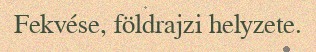
Fekvése, földrajzi helyzete.